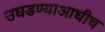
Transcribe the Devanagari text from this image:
उघडण्याआधीच